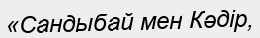
«Сандыбай мен Кәдір,